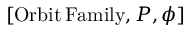
[ \mathrm { O r b i t \, F a m i l y } , P , \phi ]